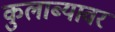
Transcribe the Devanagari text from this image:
कुलाब्यावर